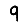
Digit: 9